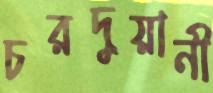
চরদুয়ানী